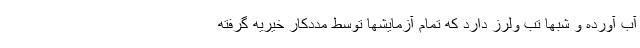
آب آورده و شبها تب ولرز دارد که تمام آزمایشها توسط مددکار خیریه گرفته